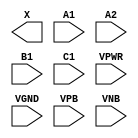
module sky130_fd_sc_hdll__a211o (
    X   ,
    A1  ,
    A2  ,
    B1  ,
    C1  ,
    VPWR,
    VGND,
    VPB ,
    VNB
);

    output X   ;
    input  A1  ;
    input  A2  ;
    input  B1  ;
    input  C1  ;
    input  VPWR;
    input  VGND;
    input  VPB ;
    input  VNB ;
endmodule